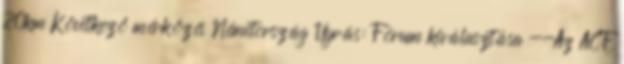
20km Következő mérkőzés Németország Ugrás: Fórum kiválasztása --Az ACF